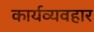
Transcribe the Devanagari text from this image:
कार्यव्यवहार